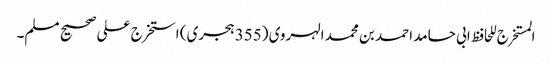
المستخرج للحافظ ابی حامد احمد بن محمد الہروی (355 ہجری) استخرج علی صحیح مسلم۔